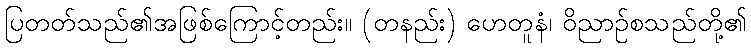
ပြတတ်သည်၏အဖြစ်ကြောင့်တည်း။ (တနည်း) ဟေတူနံ၊ ဝိညာဉ်စသည်တို့၏